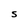
Character: S